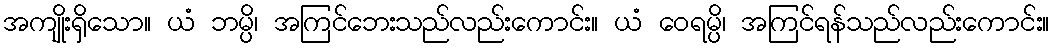
အကျိုးရှိသော။ ယံ ဘမ္ပိ၊ အကြင်ဘေးသည်လည်းကောင်း။ ယံ ဝေရမ္ပိ၊ အကြင်ရန်သည်လည်းကောင်း။